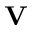
\mathbf { V }